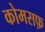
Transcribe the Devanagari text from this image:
कोमसफ़